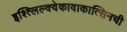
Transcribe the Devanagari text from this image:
इश्त्लिल्क्वेकावाकात्सिनची